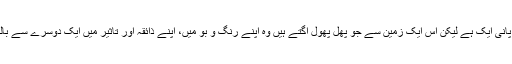
زمین ایک ہے پانی ایک ہے لیکن اس ایک زمین سے جو پھل پھول اگتے ہیں وہ اپنے رنگ و بو میں، اپنے ذائقہ اور تاثیر میں ایک دوسرے سے بالکل مختلف ہیں۔